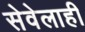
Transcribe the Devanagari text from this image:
सेवेलाही